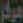
مرکز